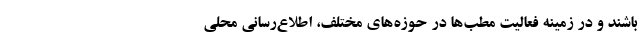
باشند و در زمینه فعالیت مطب‌ها در حوزه‌های مختلف، اطلاع‌رسانی محلی